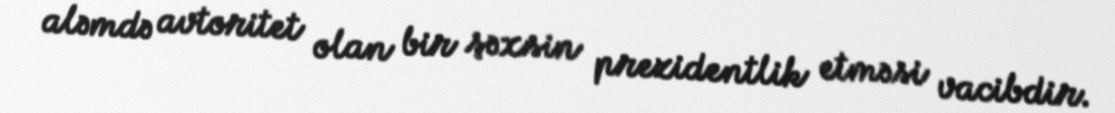
aləmdə avtoritet olan bir şəxsin prezidentlik etməsi vacibdir.